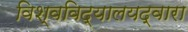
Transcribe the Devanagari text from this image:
विश्वविद्यालयद्वारा